Lunatic asylums Central Provinces reports 1910-1926 - 1910-1926
Year: 1910
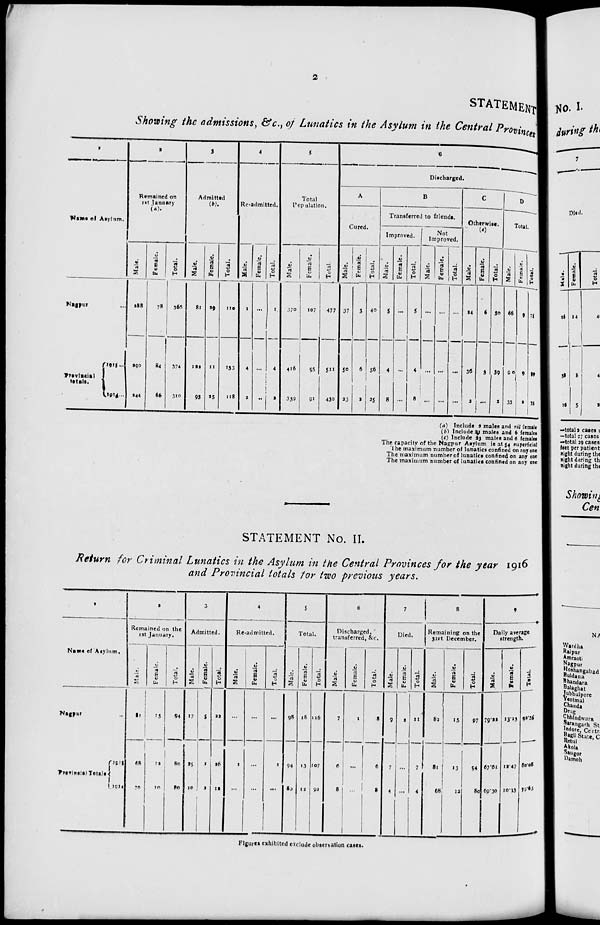
2
STATEMENT
Showing the admissions, &c., of Lunatics in the Asylum in the Central Provinces
1
Name of Asylum.
Nagpur ...
Provincial
totals.
1915 ...
1916 ...
2
Remained on
1st January
(a).
Male.
288
290
244
Female.
78
84
66
Total.
365
374
310
3
Admitted
(b).
Male.
81
122
93
Female.
29
11
25
Total.
110
133
118
4
Re-admitted.
Male.
1
4
2
Female.
...
...
...
Total.
1
4
2
5
Total
Population.
Male.
370
416
339
Female.
107
95
91
Total.
477
511
430
6
Discharged.
A
Cured.
Male.
37
50
23
Female.
3
6
2
Total.
40
56
25
B
Transferred to friends.
Improved.
Male.
5
4
8
Female.
...
...
...
Total.
5
4
8
Not
Improved.
Male.
...
...
...
Female.
...
...
...
Total.
...
...
...
C
Otherwise.
(c)
Male.
24
36
2
Female.
6
3
...
Total.
30
39
2
D
Total.
Male.
66
90
33
Female.
9
9
2
Total.
75
99
35
(a) Include 2 males and nil female
(b) Include 21 males and 6 females
(c) Include 23 males and 6 females
The capacity of the Nagpur Asylum is at 54 superficial
The maximum number of lunatics confined on anyone
The maximum number of lunatics confined on any one
The maximum number of lunatics confined on any one
STATEMENT No. II.
Return for Criminal Lunatics in the Asylum in the Central Provinces for the year 1916
and Provincial totals for two previous years.
1
Name of Asylum.
Nagur ...
Provincial Totals.
1915
1914
2
Remained on the
1st January.
Male.
81
68
70
Female.
13
12
10
Total.
94
80
80
3
Admitted.
Male.
17
25
10
Female.
5
1
2
Total.
22
26
12
4
Re-admitted.
Male.
...
1
...
Female.
...
...
...
Total.
...
1
...
5
Total.
Male.
98
94
80
Female.
18
13
12
Total.
116
107
92
6
Discharged,
transferred, &c.
Male.
7
6
8
Female.
1
...
...
Total.
8
6
8
7
Died.
Male.
9
7
4
Female.
2
...
...
Total.
11
7
4
8
Remaining on the
31st December.
Male.
82
81
68
Female.
15
13
12
Total.
97
94
80
9
Daily average
strength.
Male.
79.22
67.61
69.30
Female.
13.13
12.47
10.73
Total.
92.35
80.08
70.63
Figures exhibited exclude observation cases.